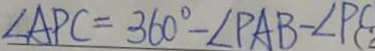
\angle A P C = 3 6 0 ^ { \circ } - \angle P A B - \angle P C